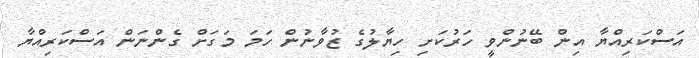
އަސްކަރިއްޔާ އިން ބޭނުންވީ ހަރުކަށި ހިޔާލުގެ ޒުވާނުން ހަމަ މަގަށް ގެންނަން އަސްކަރިއްޔާ